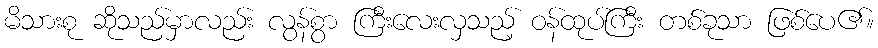
မိသားစု ဆိုသည်မှာလည်း လွန်စွာ ကြီးလေးလှသည့် ဝန်ထုပ်ကြီး တစ်ခုသာ ဖြစ်ပေ၏။